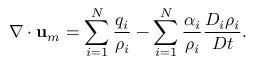
\nabla \cdot \mathbf { u } _ { m } = \sum _ { i = 1 } ^ { N } \frac { q _ { i } } { \rho _ { i } } - \sum _ { i = 1 } ^ { N } \frac { \alpha _ { i } } { \rho _ { i } } \frac { D _ { i } \rho _ { i } } { D t } .